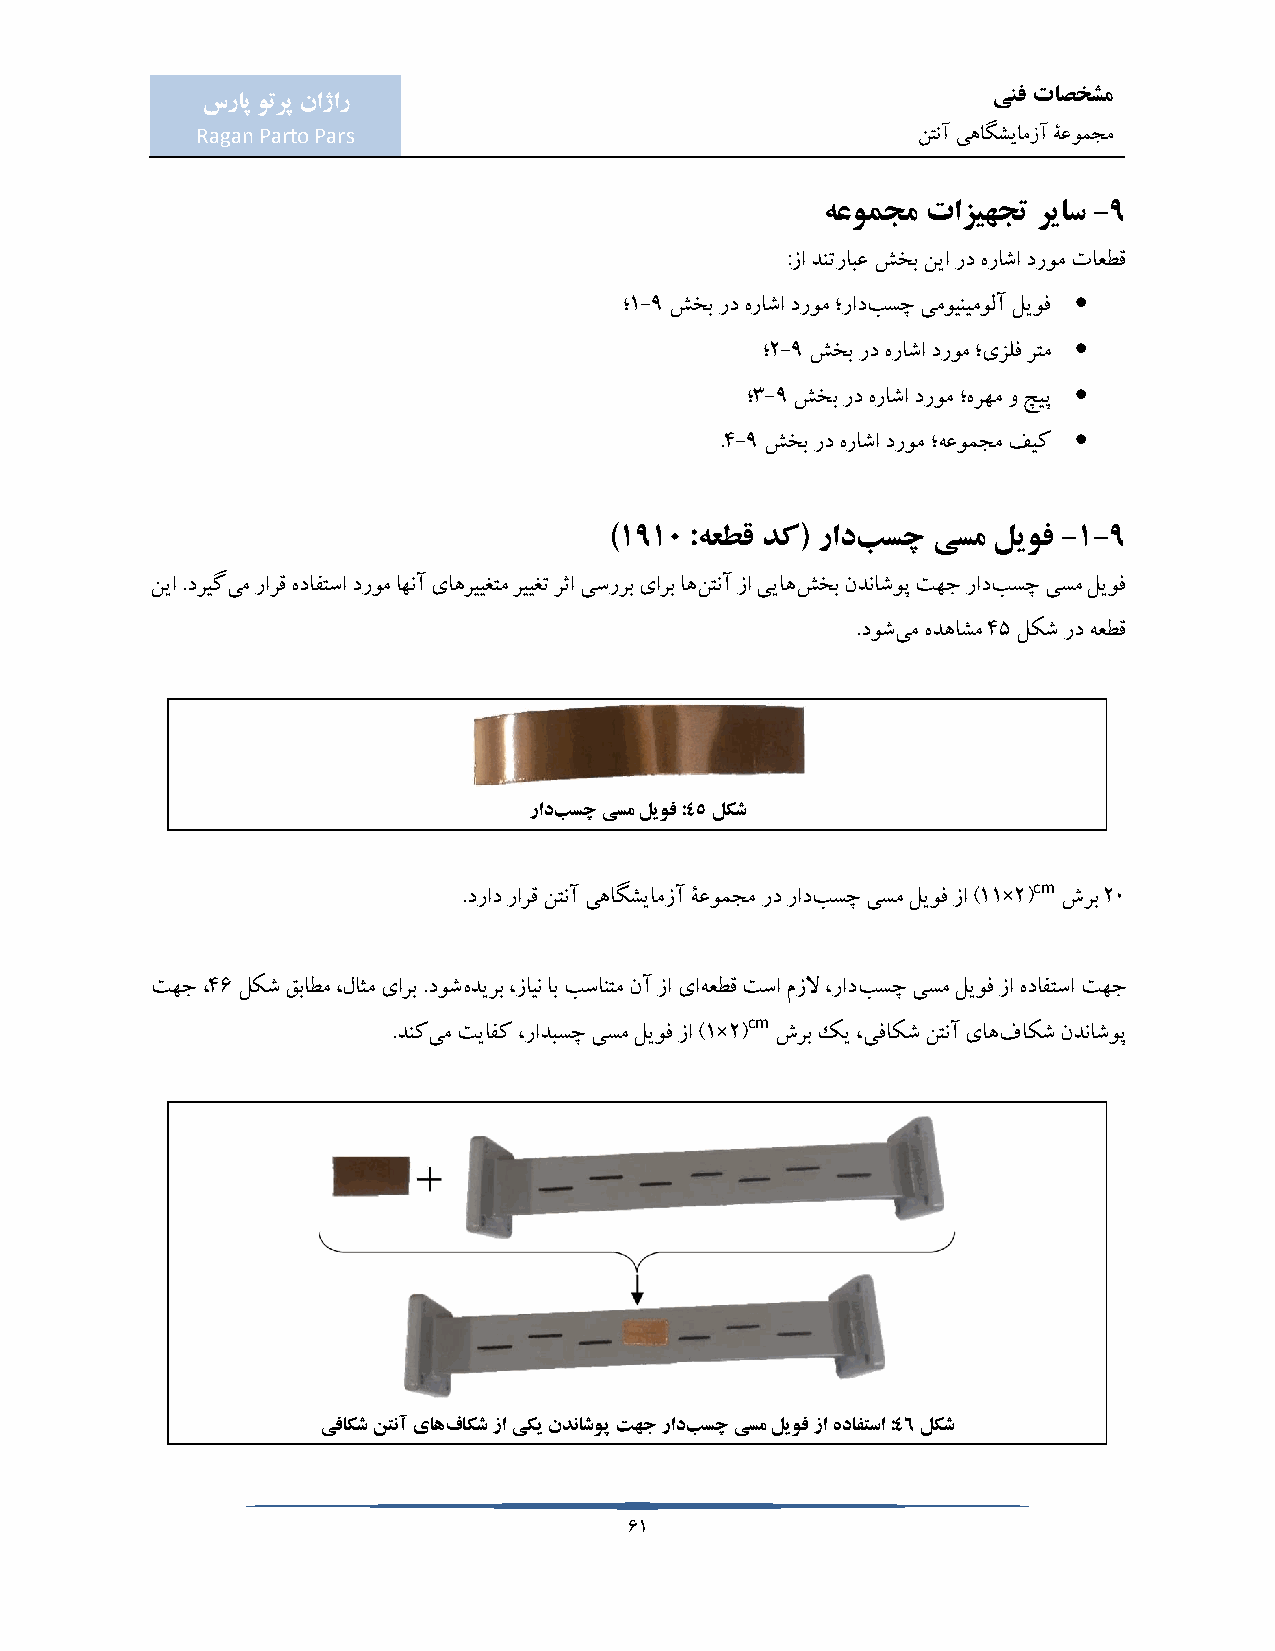
ینف تاصخشم
 سراپ وترپ ناژار
 Ragan Parto Pars                                نتنآ یهاگشیامزآ ۀعومجم
 هعومجم تازیهجت ریاس -9
 :زا دنترابع شخب نیا رد هراشا دروم تاعطق
 
 ؛1-9 شخب رد هراشا دروم ؛رادبسچ یموینیمولآ لیوف
 
 ؛2-9 شخب رد هراشا دروم ؛یزلف رتم
 
 ؛3-9 شخب رد هراشا دروم ؛هرهم و چیپ
 
 .4-9 شخب رد هراشا دروم ؛هعومجم فیک
 )1910 :هعطق دک( رادبسچ یسم لیوف -1-9
 نیا .دریگیم رارق هدافتسا دروم اهنآ یاهرییغتم رییغت رثا یسررب یارب اهنتنآ زا ییاهشخب ندناشوپ تهج رادبسچ یسم لیوف
 .دوشیم هدهاشم 45 لکش رد هعطق
 رادبسچ یسم لیوف :45 لکش
 cm
 .دراد رارق نتنآ یهاگشیامزآ ۀعومجم رد رادبسچ یسم لیوف زا )11×2( شرب 20
 تهج ،46 لکش قباطم ،لاثم یارب .دوشهدیرب ،زاین اب بسانتم نآ زا یاهعطق تسا مزلا ،رادبسچ یسم لیوف زا هدافتسا تهج
 cm
 .دنکیم تیافک ،رادبسچ یسم لیوف زا )1×2( شرب کی ،یفاکش نتنآ یاهفاکش ندناشوپ
 یفاکش نتنآ یاهفاکش زا یکی ندناشوپ تهج رادبسچ یسم لیوف زا هدافتسا :46 لکش
 61